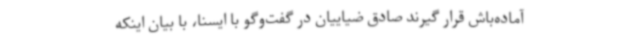
آماده‌باش قرار گیرند صادق ضیاییان در گفت‌وگو با ایسنا، با بیان اینکه